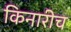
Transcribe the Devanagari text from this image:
किनारीच